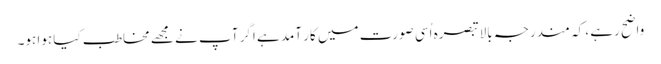
واضح رہے ، کہ مندرجہ بالا تبصرہ اُسی صورت میں کار آمد ہے اگر آپ نے مجھے مخاطب کیا ہوا ہو۔